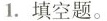
1.填空题。